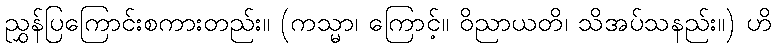
ညွှန်ပြကြောင်းစကားတည်း။ (ကသ္မာ၊ ကြောင့်။ ဝိညာယတိ၊ သိအပ်သနည်း။) ဟိ